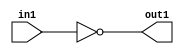
`timescale 1ps / 1ps
/*****************************************************************************
    Verilog RTL Description
    
    
    Created by: Stratus DpOpt 2019.1.01 
*******************************************************************************/

module st_weight_addr_gen_Not_1U_1U_4_11 (
	in1,
	out1
	); /* architecture "behavioural" */ 
input  in1;
output  out1;
wire  asc001;

assign asc001 = 
	((~in1));

assign out1 = asc001;
endmodule

/* CADENCE  urbzTwo= : u9/ySgnWtBlWxVPRXgAZ4Og= ** DO NOT EDIT THIS LINE ******/